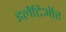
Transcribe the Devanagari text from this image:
इलैटिऑर